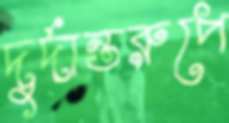
দুর্দান্তরুপে